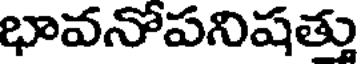
భావనోపనిషత్తు